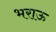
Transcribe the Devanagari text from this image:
भराऊ